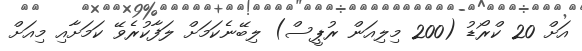
އަށް 20 ކްރޯޑު (200 މިލިއަން ރުޕީސް) ލިބޭނެކަމަށް ލަފާކުރެވޭ ކަމަށާއި މިއަށް